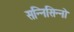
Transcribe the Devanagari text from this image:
सन्निसिन्नो